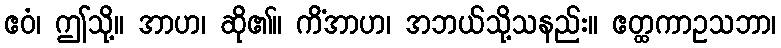
ဧဝံ၊ ဤသို့။ အာဟ၊ ဆို၏။ ကိံအာဟ၊ အဘယ်သို့သနည်း။ ဧတ္ထကာဥသဘာ၊